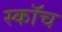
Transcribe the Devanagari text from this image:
स्काॅच